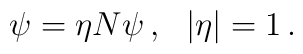
\psi = \eta N \psi \, , \ \ |\eta| = 1 \, .